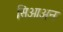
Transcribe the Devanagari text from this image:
सिओअन